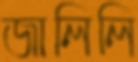
জালিলি